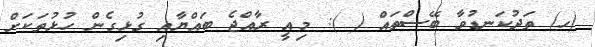
(ހ) ތަދުކަނޑުވާ ބޭސްތައް ( ): މިއީ ރާއްޖެ ބައްޔާއި ގުޅިގެން ހުޅުތަކަށް